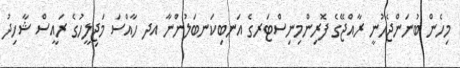
މިހެން ބުނަންޖެހުނީ ރާއްޖޭގެ ފޮރިންމިނިސްޓަރގެ އަނބިކަނބަލުންނާ އދ ހާއްސަ މަޖިލީހުގެ ރައީސް ޝާހިދު